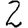
Digit: 2